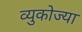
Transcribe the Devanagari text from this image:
व्युकोज्या